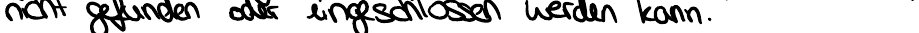
nicht gefunden oder eingeschlossen werden kann.